Indian journal of veterinary science and animal husbandry - Volume 12,
Year: 1942
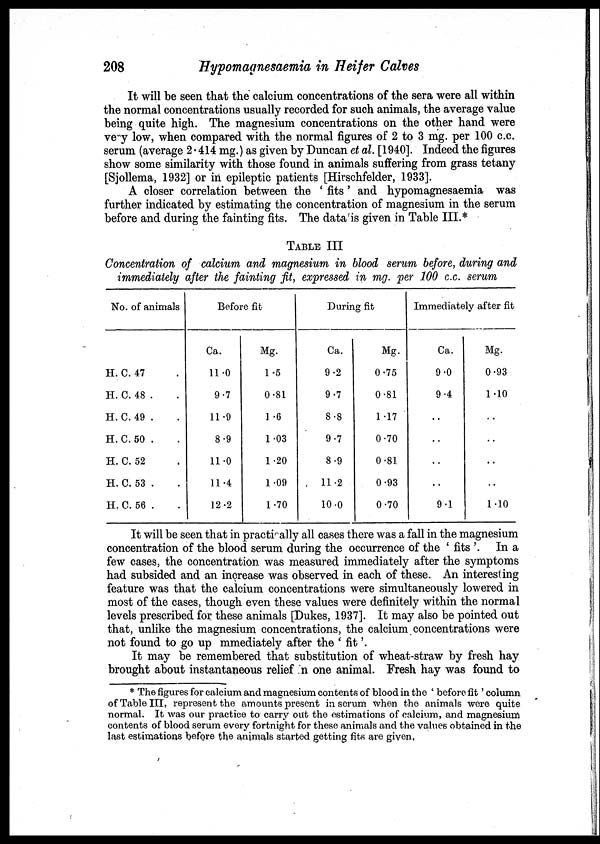
208
Hypomagnesaemia in Heifer Calves
It will be seen that the calcium concentrations of the sera were all within
the normal concentrations usually recorded for such animals, the average value
being quite high. The magnesium concentrations on the other hand were
very low, when compared with the normal figures of 2 to 3 mg. per 100 c.c.
serum (average 2.414 mg.) as given by Duncan et al. [1940]. Indeed the figures
show some similarity with those found in animals suffering from grass tetany
[Sjollema, 1932] or in epileptic patients [Hirschfelder, 1933].
A closer correlation between the ' fits' and hypomagnesaemia was
further indicated by estimating the concentration of magnesium in the serum
before and during the fainting fits. The data is given in Table III.*
TABLE III
Concentration of calcium and magnesium in blood serum before, during and
immediately after the fainting fit, expressed in mg. per 100 c.c. serum
No. of animals
H. C. 47. .
H. C.48 . .
H. C. 49 . .
H. C. 50 . .
H. C. 52 . .
H. C. 53 . .
H. C. 56 . .
Before fit
Ca.
11.0
9.7
11.9
8.9
11.0
11.4
12.2
Mg.
1.5
0.81
1 .6
1.03
1.20
1.09
1.70
During fit
Ca.
9.2
9.7
8.8
9.7
8.9
11.2
10.0
Mg.
0.75
0.81
1.17
0.70
0.81
0.93
0.70
Immediately after fit
Ca.
9.0
9.4
. .
. .
. .
. .
9.1
Mg.
0.93
1.10
. .
. .
. .
. .
1.10
It will be seen that in practioally all cases there was a fall in the magnesium
concentration of the blood serum during the occurrence of the ' fits '. In a
few cases, the concentration was measured immediately after the symptoms
had subsided and an increase was observed in each of these. An interesting
feature was that the calcium concentrations were simultaneously lowered in
most of the cases, though even these values were definitely within the normal
levels prescribed for these animals [Dukes, 1937]. It may also be pointed out
that, unlike the magnesium concentrations, the calcium concentrations were
not found to go up mmediately after the ' fit'.
It may be remembered that substitution of wheat-straw by fresh hay
brought about instantaneous relief in one animal. Fresh hay was found to
* The figures for calcium and magnesium contents of blood in the ' before fit' column
of Table III, represent the amounts present in serum when the animals were quite
normal. It was our practice to carry out the estimations of calcium, and magnesium
contents of blood serum every fortnight for these animals and the values obtained in the
last estimations before the animals started getting fits are given.